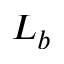
L _ { b }